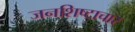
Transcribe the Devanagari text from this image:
जनशिष्टाचार